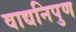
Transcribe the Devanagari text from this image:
वाद्यनिपुण